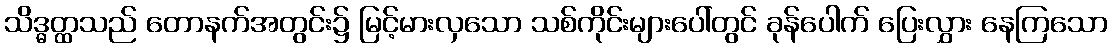
သိဒ္ဓတ္ထသည် တောနက်အတွင်း၌ မြင့်မားလှသော သစ်ကိုင်းများပေါ်တွင် ခုန်ပေါက် ပြေးလွှား နေကြသော